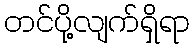
တင်ပို့လျက်ရှိရာ